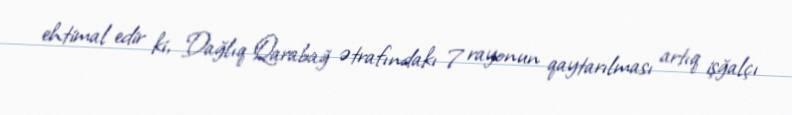
ehtimal edir ki, Dağlıq Qarabağ ətrafındakı 7 rayonun qaytarılması artıq işğalçı